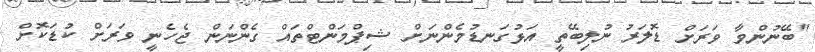
"ބޭނުންވާ ވަރަށް ޑޮލަރު ނުލިބޭތީ އަޅުގަނޑުމެންނަށް ޝިޕްމަންޓްތައް ގެންނަން ޖެހެނީ ވަރަށް ކުޑަކޮށް